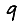
Digit: 9